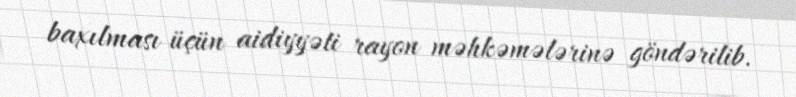
baxılması üçün aidiyyəti rayon məhkəmələrinə göndərilib.